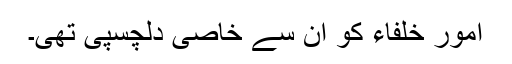
امور خلفاء کو ان سے خاصی دلچسپی تھی۔